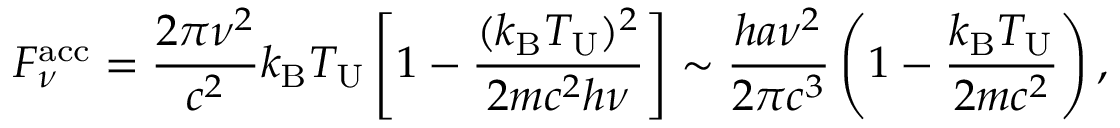
F _ { \nu } ^ { \mathrm { a c c } } = \frac { 2 \pi \nu ^ { 2 } } { c ^ { 2 } } k _ { \mathrm { B } } T _ { \mathrm { U } } \left[ 1 - \frac { ( k _ { \mathrm { B } } T _ { \mathrm { U } } ) ^ { 2 } } { 2 m c ^ { 2 } h \nu } \right] \sim \frac { h a \nu ^ { 2 } } { 2 \pi c ^ { 3 } } \left( 1 - \frac { k _ { \mathrm { B } } T _ { \mathrm { U } } } { 2 m c ^ { 2 } } \right) ,